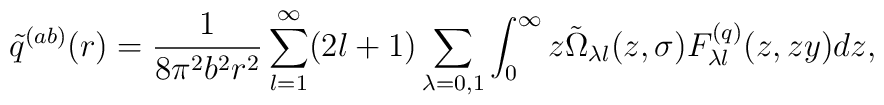
\tilde q^{(ab)}(r)=\frac{1}{8\pi ^2b^2r^2}\sum_{l=1}^{\infty}(2l+1)\sum_{\lambda =0,1}\int_{0}^{\infty}{z\tilde \Omega _{\lambda l}(z,\sigma )F_{\lambda l}^{(q)}(z,zy)dz},